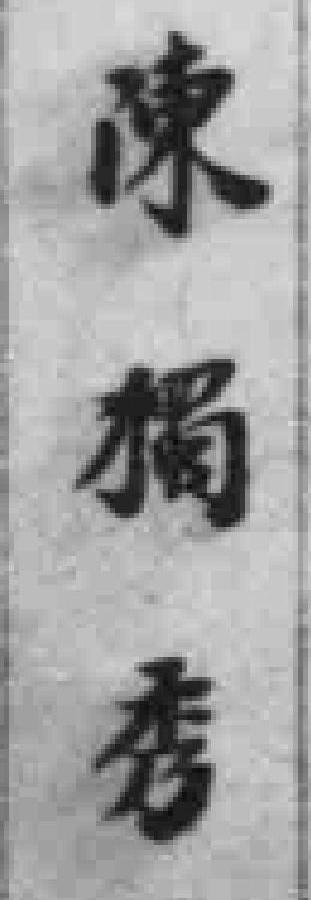
陳獨秀